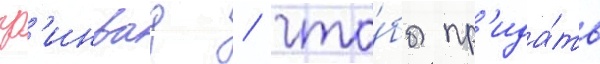
гр'инвуд / что́бы пр'ида́ть